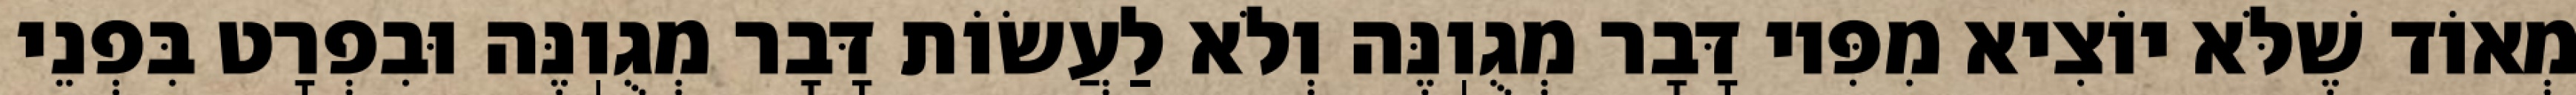
מְאוֹד שֶׁלֹּא יוֹצִיא מִפִּיו דָּבָר מְגֻוֽנֶּה וְלֹא לַעֲשׂוֹת דָּבָר מְגֻוֽנֶּה וּבִפְרָט בִּפְנֵי